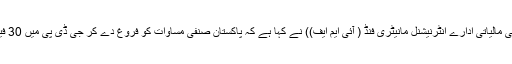
02 جون2018ء) عالمی مالیاتی ادارے انٹرنیشنل مانیٹری فنڈ ( آئی ایم ایف)) نے کہا ہے کہ پاکستان صنفی مساوات کو فروغ دے کر جی ڈی پی میں 30 فیصد بہتری لا سکتا ہے۔